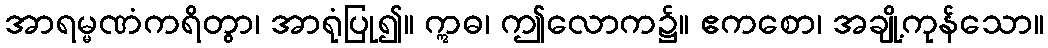
အာရမ္မဏံကရိတွာ၊ အာရုံပြု၍။ ဣဓ၊ ဤလောက၌။ ဧကစော၊ အချို့ကုန်သော။